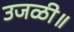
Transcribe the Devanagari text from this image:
उजळी॥